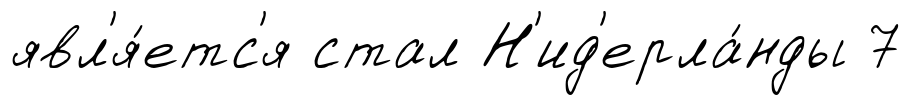
явл'я́етс'я стал Н'ид'ерла́нды 7